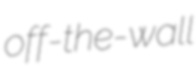
off-the-wall